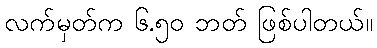
လက်မှတ်က ၆.၅၀ ဘတ် ဖြစ်ပါတယ်။